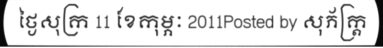
ថ្ងៃសុក្រ 11 ខែកុម្ភៈ 2011Posted by សុភ័ក្ត្រ